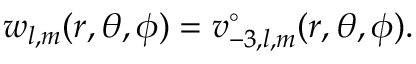
w _ { l , m } ( r , \theta , \phi ) = v _ { - 3 , l , m } ^ { \circ } ( r , \theta , \phi ) .